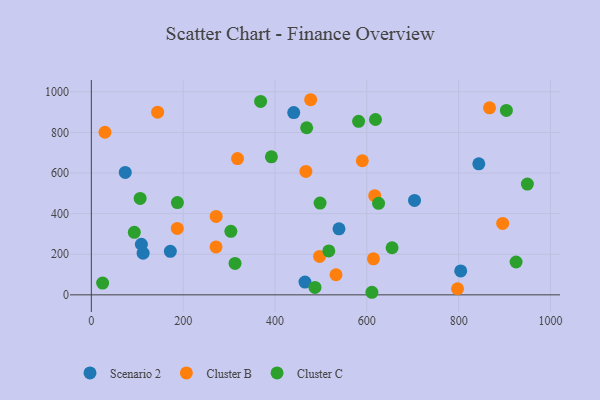
{"axis": {"x": "Price", "y": "Demand"}, "legend": ["Cluster B", "Cluster C", "Scenario 2"], "data": [{"x": "172.1", "y": 214.1, "type": "Scenario 2"}, {"x": "465.3", "y": 63.1, "type": "Scenario 2"}, {"x": "843.9", "y": 645.4, "type": "Scenario 2"}, {"x": "539.4", "y": 325.0, "type": "Scenario 2"}, {"x": "73.9", "y": 602.9, "type": "Scenario 2"}, {"x": "440.8", "y": 897.6, "type": "Scenario 2"}, {"x": "804.5", "y": 117.7, "type": "Scenario 2"}, {"x": "112.8", "y": 205.3, "type": "Scenario 2"}, {"x": "703.9", "y": 464.9, "type": "Scenario 2"}, {"x": "109.0", "y": 249.2, "type": "Scenario 2"}, {"x": "617.2", "y": 488.5, "type": "Cluster B"}, {"x": "29.7", "y": 800.7, "type": "Cluster B"}, {"x": "318.4", "y": 671.0, "type": "Cluster B"}, {"x": "271.9", "y": 386.2, "type": "Cluster B"}, {"x": "867.3", "y": 920.7, "type": "Cluster B"}, {"x": "271.6", "y": 235.9, "type": "Cluster B"}, {"x": "614.4", "y": 177.5, "type": "Cluster B"}, {"x": "590.2", "y": 660.4, "type": "Cluster B"}, {"x": "797.6", "y": 30.1, "type": "Cluster B"}, {"x": "497.1", "y": 189.2, "type": "Cluster B"}, {"x": "144.4", "y": 899.7, "type": "Cluster B"}, {"x": "532.9", "y": 99.0, "type": "Cluster B"}, {"x": "187.2", "y": 327.3, "type": "Cluster B"}, {"x": "895.9", "y": 351.9, "type": "Cluster B"}, {"x": "467.3", "y": 607.8, "type": "Cluster B"}, {"x": "477.7", "y": 960.8, "type": "Cluster B"}, {"x": "655.0", "y": 231.9, "type": "Cluster C"}, {"x": "925.1", "y": 161.7, "type": "Cluster C"}, {"x": "611.1", "y": 12.7, "type": "Cluster C"}, {"x": "93.6", "y": 307.9, "type": "Cluster C"}, {"x": "618.9", "y": 863.5, "type": "Cluster C"}, {"x": "904.0", "y": 908.2, "type": "Cluster C"}, {"x": "469.0", "y": 822.9, "type": "Cluster C"}, {"x": "498.2", "y": 452.1, "type": "Cluster C"}, {"x": "625.6", "y": 450.6, "type": "Cluster C"}, {"x": "392.2", "y": 679.8, "type": "Cluster C"}, {"x": "368.7", "y": 952.3, "type": "Cluster C"}, {"x": "582.1", "y": 854.3, "type": "Cluster C"}, {"x": "303.9", "y": 312.8, "type": "Cluster C"}, {"x": "106.3", "y": 474.8, "type": "Cluster C"}, {"x": "517.2", "y": 216.2, "type": "Cluster C"}, {"x": "487.1", "y": 36.7, "type": "Cluster C"}, {"x": "24.6", "y": 58.0, "type": "Cluster C"}, {"x": "949.7", "y": 545.7, "type": "Cluster C"}, {"x": "187.5", "y": 454.4, "type": "Cluster C"}, {"x": "313.0", "y": 155.0, "type": "Cluster C"}]}